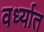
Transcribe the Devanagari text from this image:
वर्ध्यात